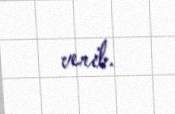
verib.